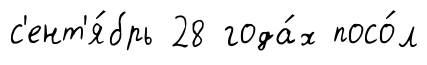
с'ент'я́брь 28 года́х посо́л